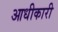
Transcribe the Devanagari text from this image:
आधीकारी